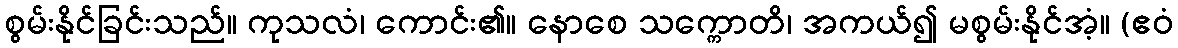
စွမ်းနိုင်ခြင်းသည်။ ကုသလံ၊ ကောင်း၏။ နောစေ သက္ကောတိ၊ အကယ်၍ မစွမ်းနိုင်အံ့။ (ဧဝံ